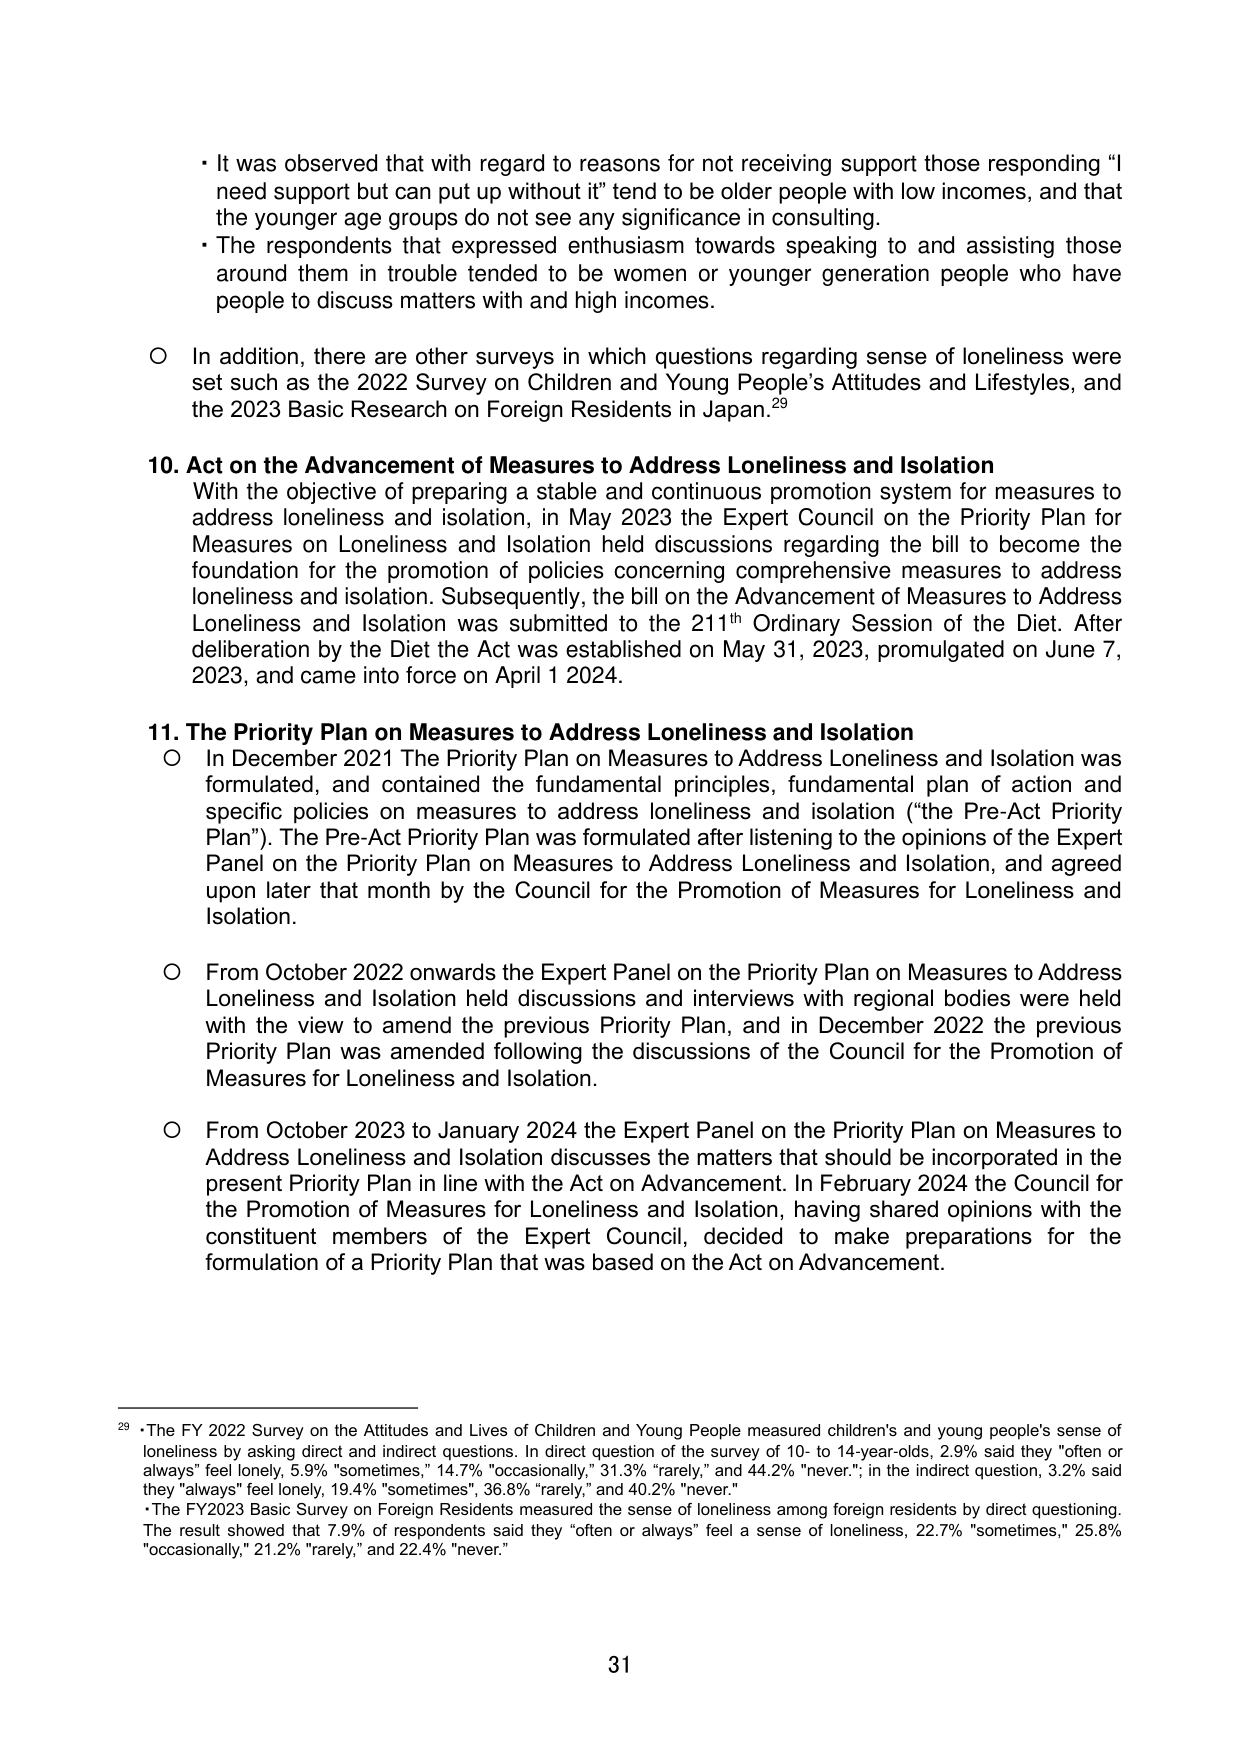
• It was observed that with regard to reasons for not receiving support those responding “I need support but can put up without it” tend to be older people with low incomes, and that the younger age groups do not see any significance in consulting.

• The respondents that expressed enthusiasm towards speaking to and assisting those around them in trouble tended to be women or younger generation people who have people to discuss matters with and high incomes.

○ In addition, there are other surveys in which questions regarding sense of loneliness were set such as the 2022 Survey on Children and Young People’s Attitudes and Lifestyles, and the 2023 Basic Research on Foreign Residents in Japan.²⁹

10. Act on the Advancement of Measures to Address Loneliness and Isolation
With the objective of preparing a stable and continuous promotion system for measures to address loneliness and isolation, in May 2023 the Expert Council on the Priority Plan for Measures on Loneliness and Isolation held discussions regarding the bill to become the foundation for the promotion of policies concerning comprehensive measures to address loneliness and isolation. Subsequently, the bill on the Advancement of Measures to Address Loneliness and Isolation was submitted to the 211th Ordinary Session of the Diet. After deliberation by the Diet the Act was established on May 31, 2023, promulgated on June 7, 2023, and came into force on April 1 2024.

11. The Priority Plan on Measures to Address Loneliness and Isolation
○ In December 2021 The Priority Plan on Measures to Address Loneliness and Isolation was formulated, and contained the fundamental principles, fundamental plan of action and specific policies on measures to address loneliness and isolation (“the Pre-Act Priority Plan”). The Pre-Act Priority Plan was formulated after listening to the opinions of the Expert Panel on the Priority Plan on Measures to Address Loneliness and Isolation, and agreed upon later that month by the Council for the Promotion of Measures for Loneliness and Isolation.

○ From October 2022 onwards the Expert Panel on the Priority Plan on Measures to Address Loneliness and Isolation held discussions and interviews with regional bodies were held with the view to amend the previous Priority Plan, and in December 2022 the previous Priority Plan was amended following the discussions of the Council for the Promotion of Measures for Loneliness and Isolation.

○ From October 2023 to January 2024 the Expert Panel on the Priority Plan on Measures to Address Loneliness and Isolation discusses the matters that should be incorporated in the present Priority Plan in line with the Act on Advancement. In February 2024 the Council for the Promotion of Measures for Loneliness and Isolation, having shared opinions with the constituent members of the Expert Council, decided to make preparations for the formulation of a Priority Plan that was based on the Act on Advancement.

²⁹ • The FY 2022 Survey on the Attitudes and Lives of Children and Young People measured children’s and young people’s sense of loneliness by asking direct and indirect questions. In direct question of the survey of 10- to 14-year-olds, 2.9% said they “often or always” feel lonely, 5.9% “sometimes,” 14.7% “occasionally,” 31.3% “rarely,” and 44.2% “never.”; in the indirect question, 3.2% said they “always” feel lonely, 19.4% “sometimes,” 36.8% “rarely,” and 40.2% “never.”
• The FY2023 Basic Survey on Foreign Residents measured the sense of loneliness among foreign residents by direct questioning. The result showed that 7.9% of respondents said they “often or always” feel a sense of loneliness, 22.7% “sometimes,” 25.8% “occasionally,” 21.2% “rarely,” and 22.4% “never.”

31